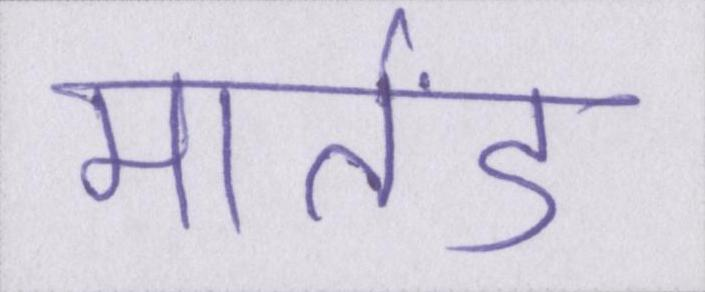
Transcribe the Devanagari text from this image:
मार्तंड